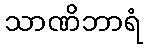
သာဏိဘာရံ